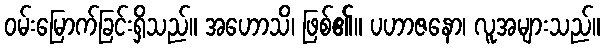
ဝမ်းမြောက်ခြင်းရှိသည်။ အဟောသိ၊ ဖြစ်၏။ ပဟာဇနော၊ လူအများသည်။